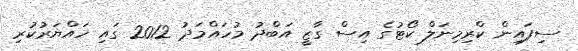
ސިފައިން ކްރިމިނަލް ކޯޓުގެ އިސް ގާޒީ އަބްދު މުހައްމަދު 2012 ގައި ހައްޔަރުކުރި